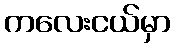
ကလေးငယ်မှာ